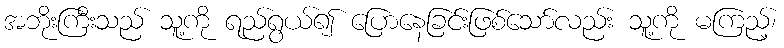
အဘိုးကြီးသည် သူ့ကို ရည်ရွယ်၍ ပြောနေခြင်းဖြစ်သော်လည်း သူ့ကို မကြည့်၊